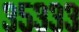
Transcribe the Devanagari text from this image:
३५३३३